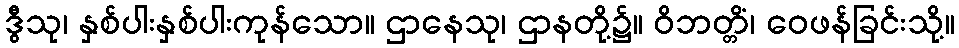
ဒွီသု၊ နှစ်ပါးနှစ်ပါးကုန်သော။ ဌာနေသု၊ ဌာနတို့၌။ ဝိဘတ္တိံ၊ ဝေဖန်ခြင်းသို့။